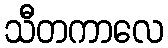
သီတကာလေ